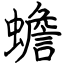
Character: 蟾